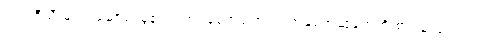
ဘယ်ရီသီးများ၊ ဆော်လမွန်ငါး ၊ဗာဒံစေ့အပါအဝင် အစေ့အဆံတွေကို စားသုံးပေးရင်